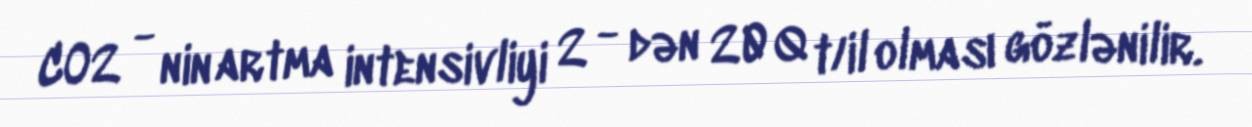
CO2 - nin artma intensivliyi 2 - dən 20 Q t/il olması gözlənilir.